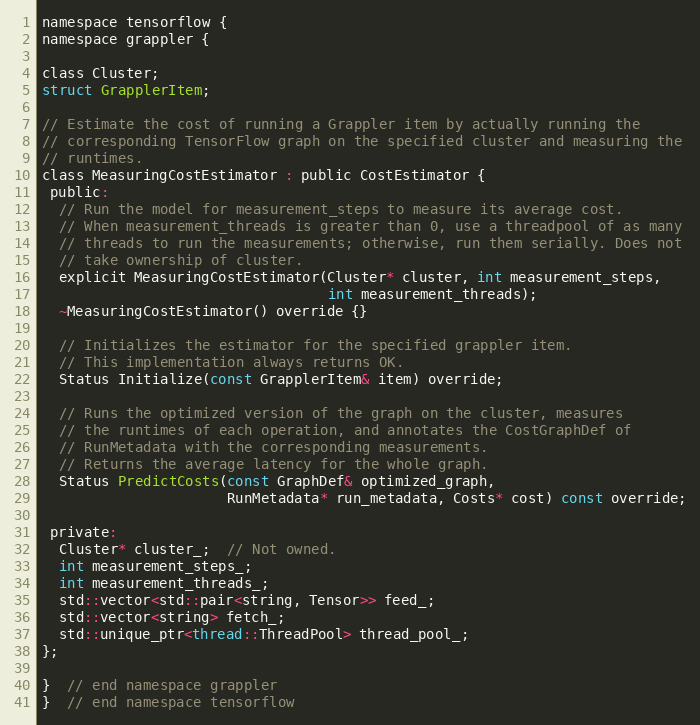
Language: C
namespace tensorflow {
namespace grappler {

class Cluster;
struct GrapplerItem;

// Estimate the cost of running a Grappler item by actually running the
// corresponding TensorFlow graph on the specified cluster and measuring the
// runtimes.
class MeasuringCostEstimator : public CostEstimator {
 public:
  // Run the model for measurement_steps to measure its average cost.
  // When measurement_threads is greater than 0, use a threadpool of as many
  // threads to run the measurements; otherwise, run them serially. Does not
  // take ownership of cluster.
  explicit MeasuringCostEstimator(Cluster* cluster, int measurement_steps,
                                  int measurement_threads);
  ~MeasuringCostEstimator() override {}

  // Initializes the estimator for the specified grappler item.
  // This implementation always returns OK.
  Status Initialize(const GrapplerItem& item) override;

  // Runs the optimized version of the graph on the cluster, measures
  // the runtimes of each operation, and annotates the CostGraphDef of
  // RunMetadata with the corresponding measurements.
  // Returns the average latency for the whole graph.
  Status PredictCosts(const GraphDef& optimized_graph,
                      RunMetadata* run_metadata, Costs* cost) const override;

 private:
  Cluster* cluster_;  // Not owned.
  int measurement_steps_;
  int measurement_threads_;
  std::vector<std::pair<string, Tensor>> feed_;
  std::vector<string> fetch_;
  std::unique_ptr<thread::ThreadPool> thread_pool_;
};

}  // end namespace grappler
}  // end namespace tensorflow